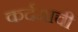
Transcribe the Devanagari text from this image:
कर्दमाची